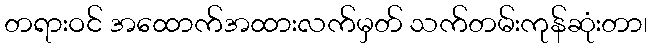
တရားဝင် အထောက်အထားလက်မှတ် သက်တမ်းကုန်ဆုံးတာ၊